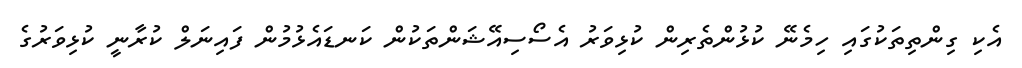
އެކި ގިންތިތަކުގައި ހިމެނޭ ކުޅުންތެރިން ކުޅިވަރު އެސޯސިއޭޝަންތަކުން ކަނޑައެޅުމުން ފައިނަލް ކުރާނީ ކުޅިވަރުގެ